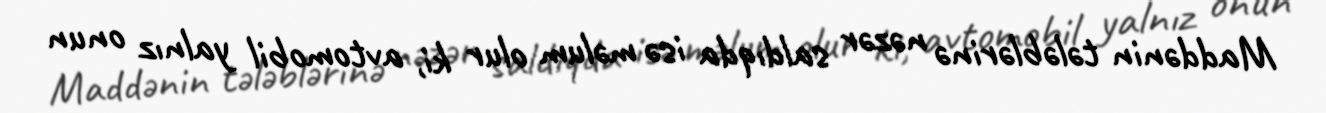
Maddənin tələblərinə nəzər saldıqda isə məlum olur ki, avtomobil yalnız onun